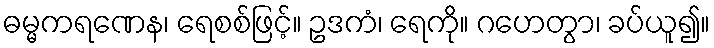
ဓမ္မကရဏေန၊ ရေစစ်ဖြင့်။ ဥဒကံ၊ ရေကို။ ဂဟေတွာ၊ ခပ်ယူ၍။